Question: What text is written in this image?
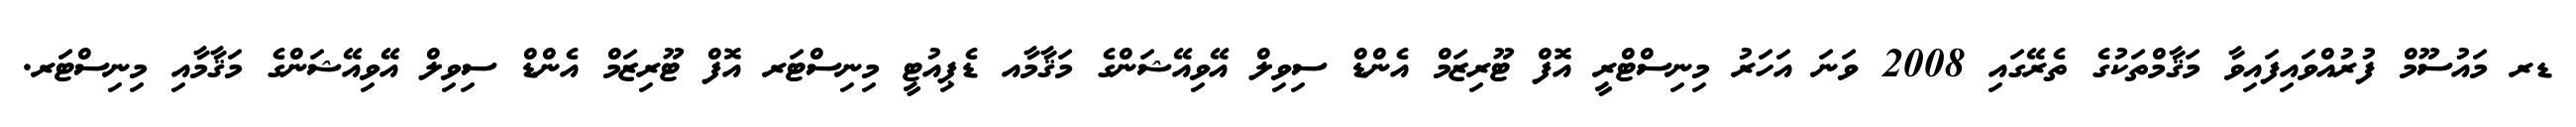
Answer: ޑރ މައުސޫމް ފުރުއްވައިފައިވާ މަޤާމްތަކުގެ ތެރޭގައި 2008 ވަނަ އަހަރު މިނިސްޓްރީ އޮފް ޓޫރިޒަމް އެންޑް ސިވިލް އޭވިއޭޝަންގެ މަޤާމާއ ޑެޕިއުޓީ މިނިސްޓަރ އޮފް ޓޫރިޒަމް އެންޑް ސިވިލް އޭވިއޭޝަންގެ މަޤާމާއި މިނިސްޓަރ.